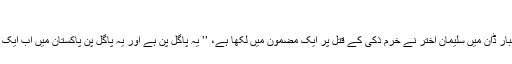
‘‘
پاکستان کے انگریزی اخبار ڈان میں سلیمان اختر نے خرم ذکی کے قتل پر ایک مضمون میں لکھا ہے، ’’ یہ پاگل پن ہے اور یہ پاگل پن پاکستان میں اب ایک عام سی بات ہو گئی ہے۔